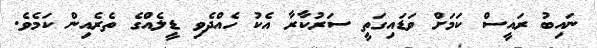
ނައިބު ރައީސް ކަމަށް ވަޑައިގަތީ ސަރުކާރާ އެކު ހެއްދެވި ޑީލެއްގެ ތެރެއިން ކަމެވެ.